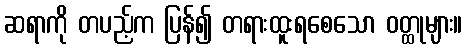
ဆရာကို တပည့်က ပြန်၍ တရားထူးရစေသော ဝတ္ထုများ။